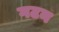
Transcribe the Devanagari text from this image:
गटन